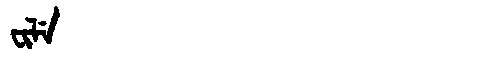
Manchu: ᠸᡳᠯᡝ
Romanization: FILE